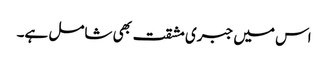
اس میں جبری مشقت بھی شامل ہے۔